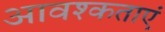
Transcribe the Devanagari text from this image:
आवश्कताएं